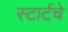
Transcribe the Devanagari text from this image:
स्टार्टचे